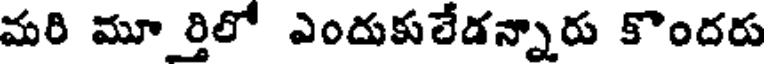
మరి మూర్తిలో ఎందుకులేడన్నారు కొందరు